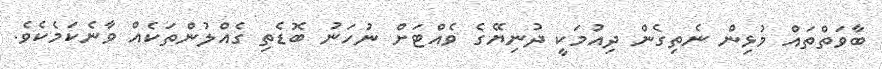
ބާވަތްތައް މުޅިން ނެތިގެން ދިއުމަކީ ދުނިޔޭގެ ވެއްޓަށް ނުހަނު ބޮޑެތި ގެއްލުންތަކެއް ވާނެކަމެކެވެ.